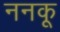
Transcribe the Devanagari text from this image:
ननकू